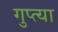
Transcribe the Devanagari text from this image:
गुप्‍त्या